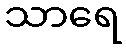
သာရေ